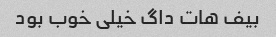
بیف هات داگ خیلی خوب بود